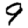
Digit: 9